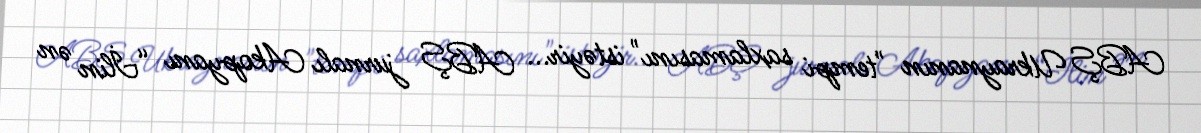
ABŞ Ukraynanın "tempi saxlamasını" istəyir... ABŞ jurnalı Akopyanı “İlin ən